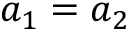
a _ { 1 } = a _ { 2 }